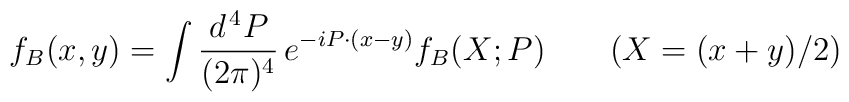
f_B (x, y) = \int \frac{d^{\, 4} P}{(2 \pi)^4} \, e^{- i P \cdot (x - y)} f_B (X; P) \;\;\;\;\;\;\; (X = (x + y)/ 2)